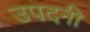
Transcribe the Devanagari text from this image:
उपदनी